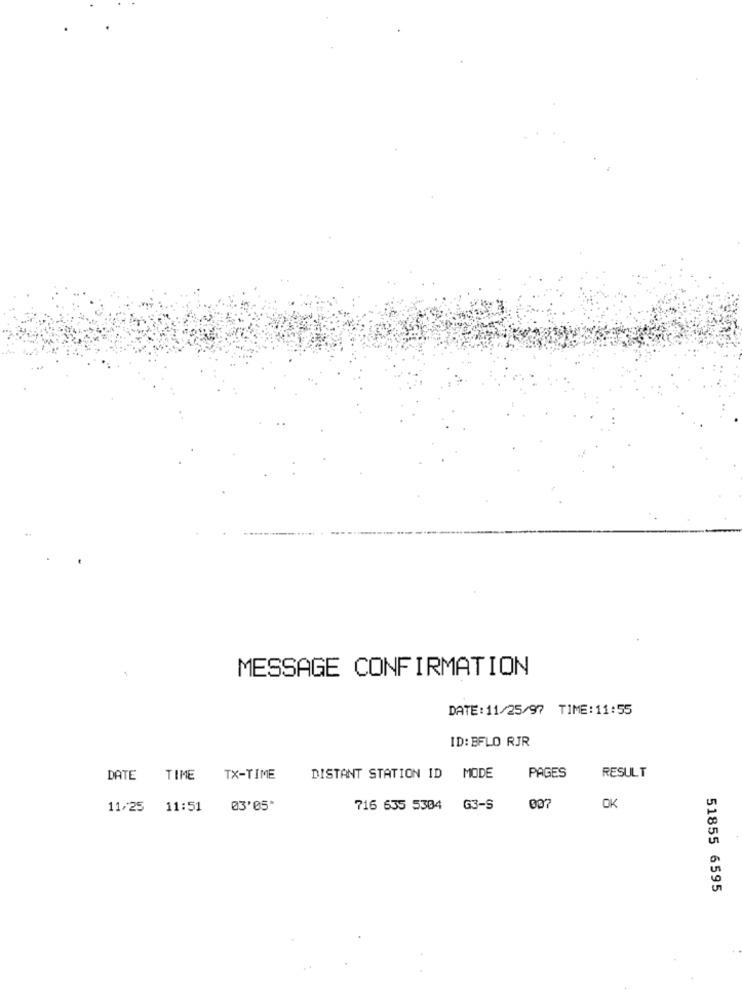
MESSAGE CONFIRMATION
DATE:11/25/97 TIME: 11:55
ID: BFLO RJR
DATE
TIME TX-TIME
DISTANT STATION ID MODE
PAGES
RESULT
11/25 11:51
03'05*
716 635 5304 G3-S
007
OK
51855 6595